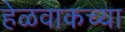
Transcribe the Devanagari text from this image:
हेळवाकच्या